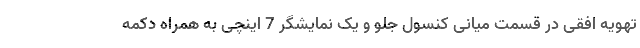
تهویه افقی در قسمت میانی کنسول جلو و یک نمایشگر 7 اینچی به همراه دکمه